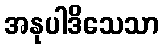
အနုပါဒိသေသာ